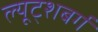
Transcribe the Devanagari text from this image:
ल्यूट्शबर्ग